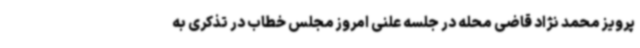
پرویز محمد نژاد قاضی محله در جلسه علنی امروز مجلس خطاب در تذکری به